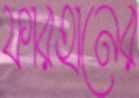
ফারহানের